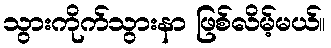
သွားကိုက်သွားနာ ဖြစ်လိမ့်မယ်။